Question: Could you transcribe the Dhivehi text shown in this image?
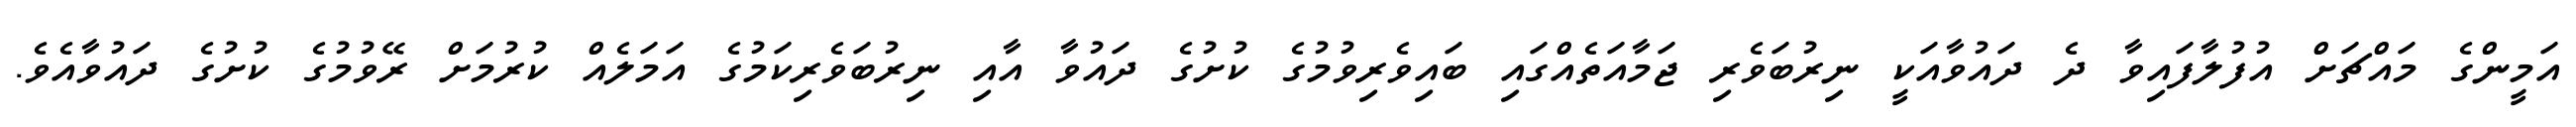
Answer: އަމީންގެ މައްޗަށް އުފުލާފައިވާ ދެ ދައުވާއަކީ ނިރުބަވެރި ޖަމާއަތެއްގައި ބައިވެރިވުމުގެ ކުށުގެ ދައުވާ އާއި ނިރުބަވެރިކަމުގެ އަމަލެއް ކުރުމަށް ރޭވުމުގެ ކުށުގެ ދައުވާއެވެ.